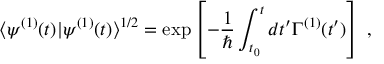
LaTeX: \langle \psi ^ { ( 1 ) } ( t ) | \psi ^ { ( 1 ) } ( t ) \rangle ^ { 1 / 2 } = \exp \left[ - \frac { 1 } { \hbar } \int _ { t _ { 0 } } ^ { t } d t ^ { \prime } \Gamma ^ { ( 1 ) } ( t ^ { \prime } ) \right] \; ,